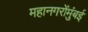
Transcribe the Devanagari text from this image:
महानगरोंमुंबई